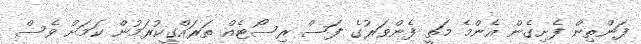
ފަންތިން ފެށިގެން އެންމެ މަތީ ފެންވަރުގެ ފަސް ރިސޯޓެއް ތަރައްގީކުރަމުން ކަމަށް ވެސް